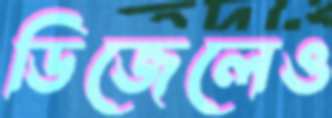
ডিজেলেও